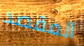
المقصد